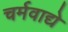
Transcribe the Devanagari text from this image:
चर्मवाद्ये